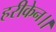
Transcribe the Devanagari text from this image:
हरीकेन।।